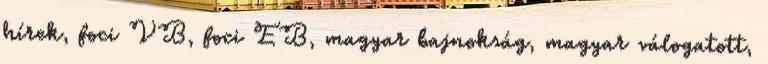
hírek, foci VB, foci EB, magyar bajnokság, magyar válogatott,